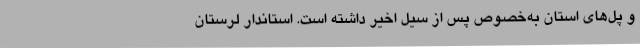
و پل‌های استان به‌خصوص پس از سیل اخیر داشته است. استاندار لرستان